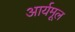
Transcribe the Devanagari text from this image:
आर्यमूल